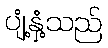
ပျံ့နှံ့သည်